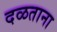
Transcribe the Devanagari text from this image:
दळताना